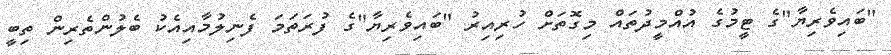
"ބައިވެރިޔާ"ގެ ޓީމުގެ އުއްމީދުތައް މިގޮތަށް ހުރިއިރު "ބައިވެރިޔާ"ގެ ފުރަތަމަ ފެނިލުމާއިއެކު ބެލުންތެރިން ތިބީ